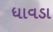
ધાવડા